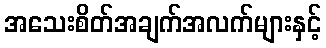
အသေးစိတ်အချက်အလက်များနှင့်